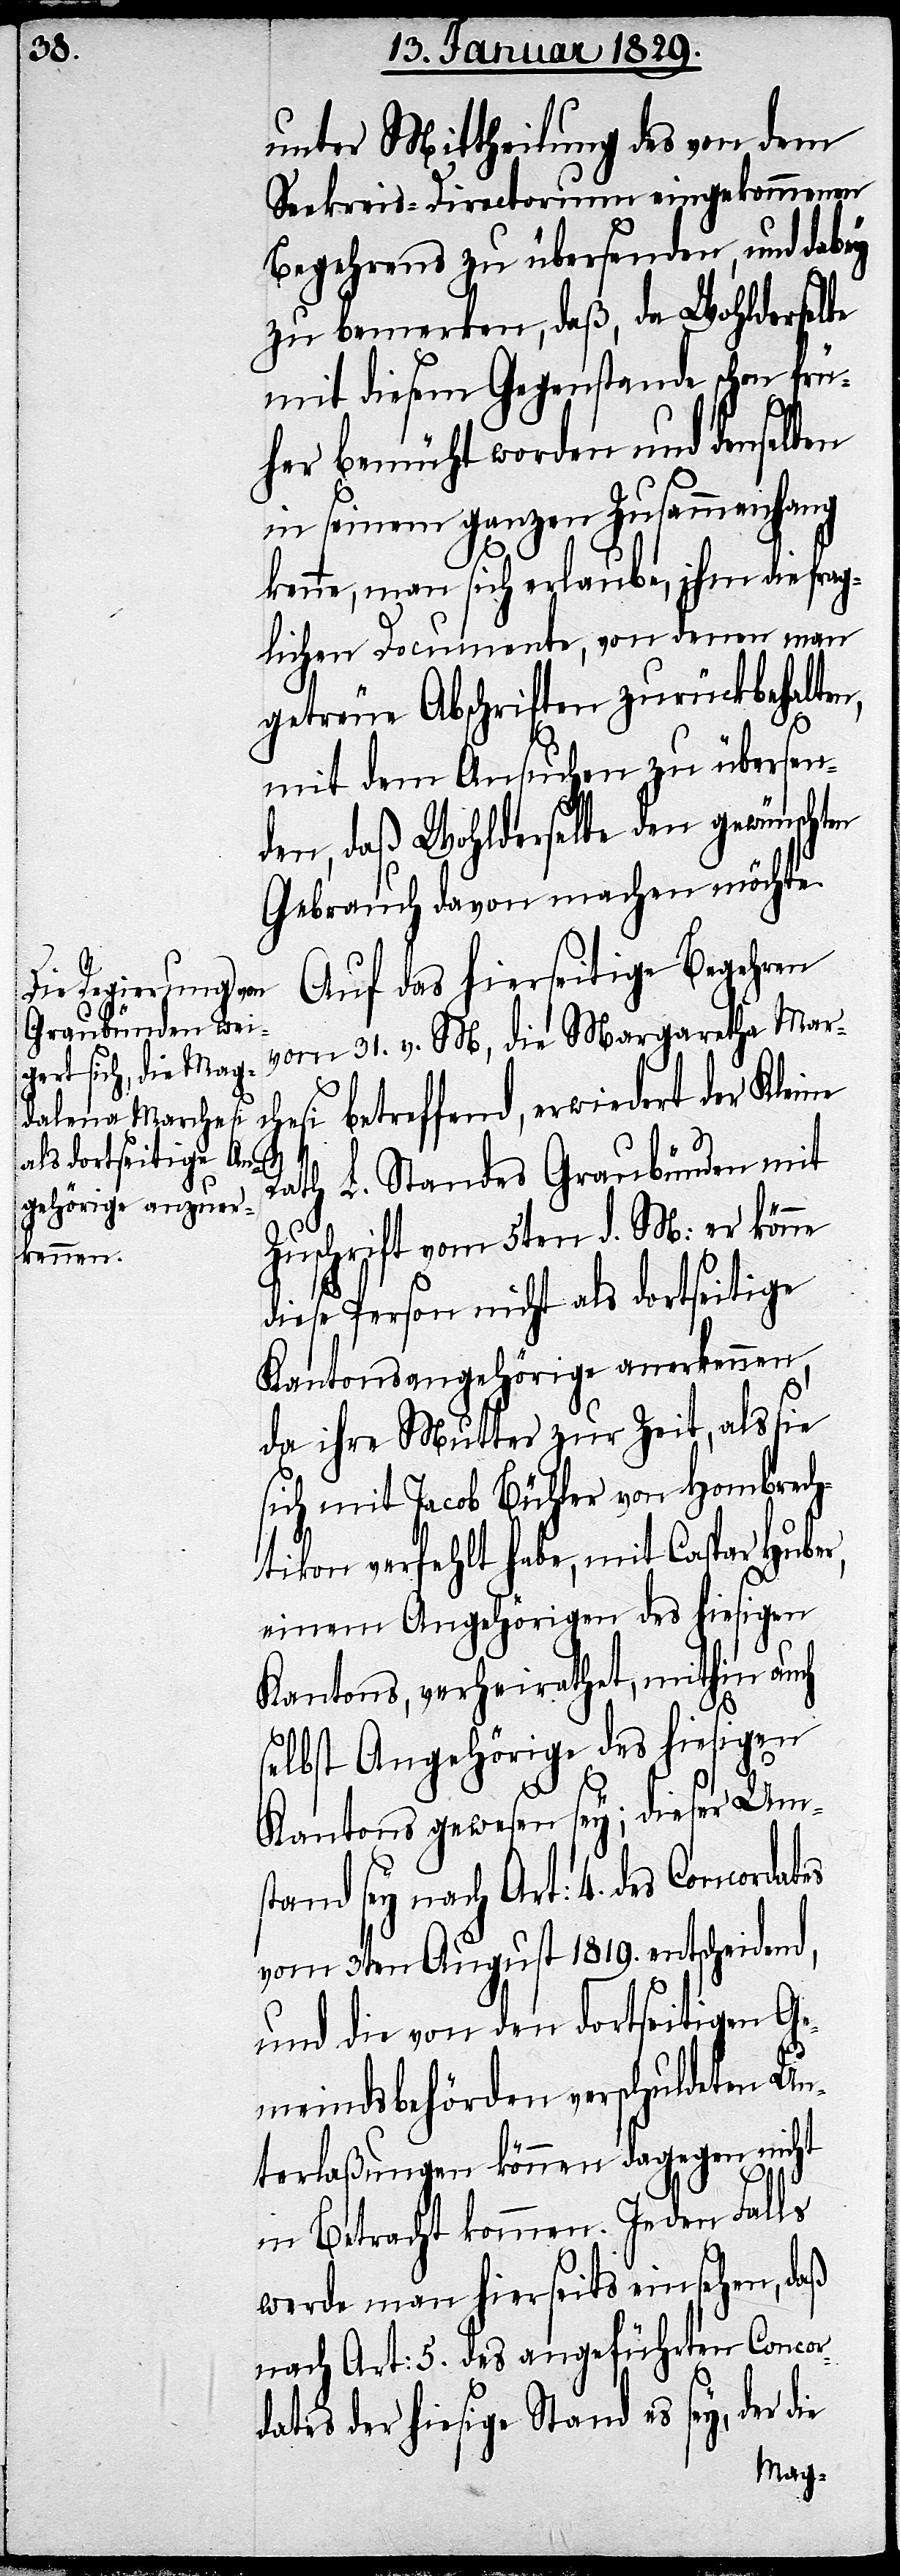
unter Mittheilung des von dem
Seekreis-Directorium eingekommenen
Begehrens zu übersenden, und dabey
zu bemerken, daß, da Wohlderselbe
mit diesem Gegenstande schon frü¬
her bemüht worden und denselben
in seinem ganzen Zusammenhang
kenne, man sich erlaube, ihm die fra¬
glichen Documente, von denen man
getreue Abschriften zurückbehalten,
mit dem Ansuchen zu übersen¬
den, daß Wohlderselbe den gewünschten
Gebrauch davon machen möchte.
Auf das hierseitige Begehren
vom 31. v. M, die Margaretha [s¬
esi betreffend, erwiedert der Kleine
Rath L. Standes Graubünden mit
Zuschrift vom 5ten d. M: er könne
diese Person nicht als dortseitige
Kantonsangehörige anerkennen,
da ihre Mutter zur Zeit, als sie
sich mit Jacob Bühler von Hombrach¬
tikon verfehlt habe, mit Caspar Huber,
einem Angehörigen des hiesigen
Kantons, verheirathet, mithin auch
ic!]
selbst Angehörige des hiesigen
Kantons gewesen sey; dieser Ums¬
tand sey nach Art: 4. des Concordates
vom 3ten August 1819. entscheidend,
und die von den dortseitigen Ge¬
meindsbehörden verschuldeten Un¬
terlaßungen können dagegen nicht
in Betracht kommen. In den Falls
werde man hierseits einsehen, daß
nach Art: 5. des angeführten Concor¬
dates der hiesige Stand es sey, der die
March¬